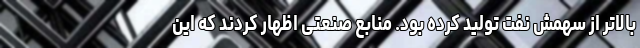
بالاتر از سهمش نفت تولید کرده بود. منابع صنعتی اظهار کردند که این